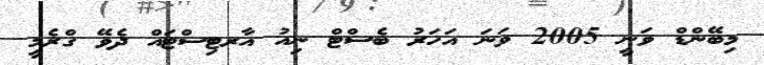
މިބޭންޑް ވަނީ 2005 ވަނަ އަހަރު ބެސްޓް ނިއު އާރޓިސްޓައް ދެވޭ ގްރެމީ